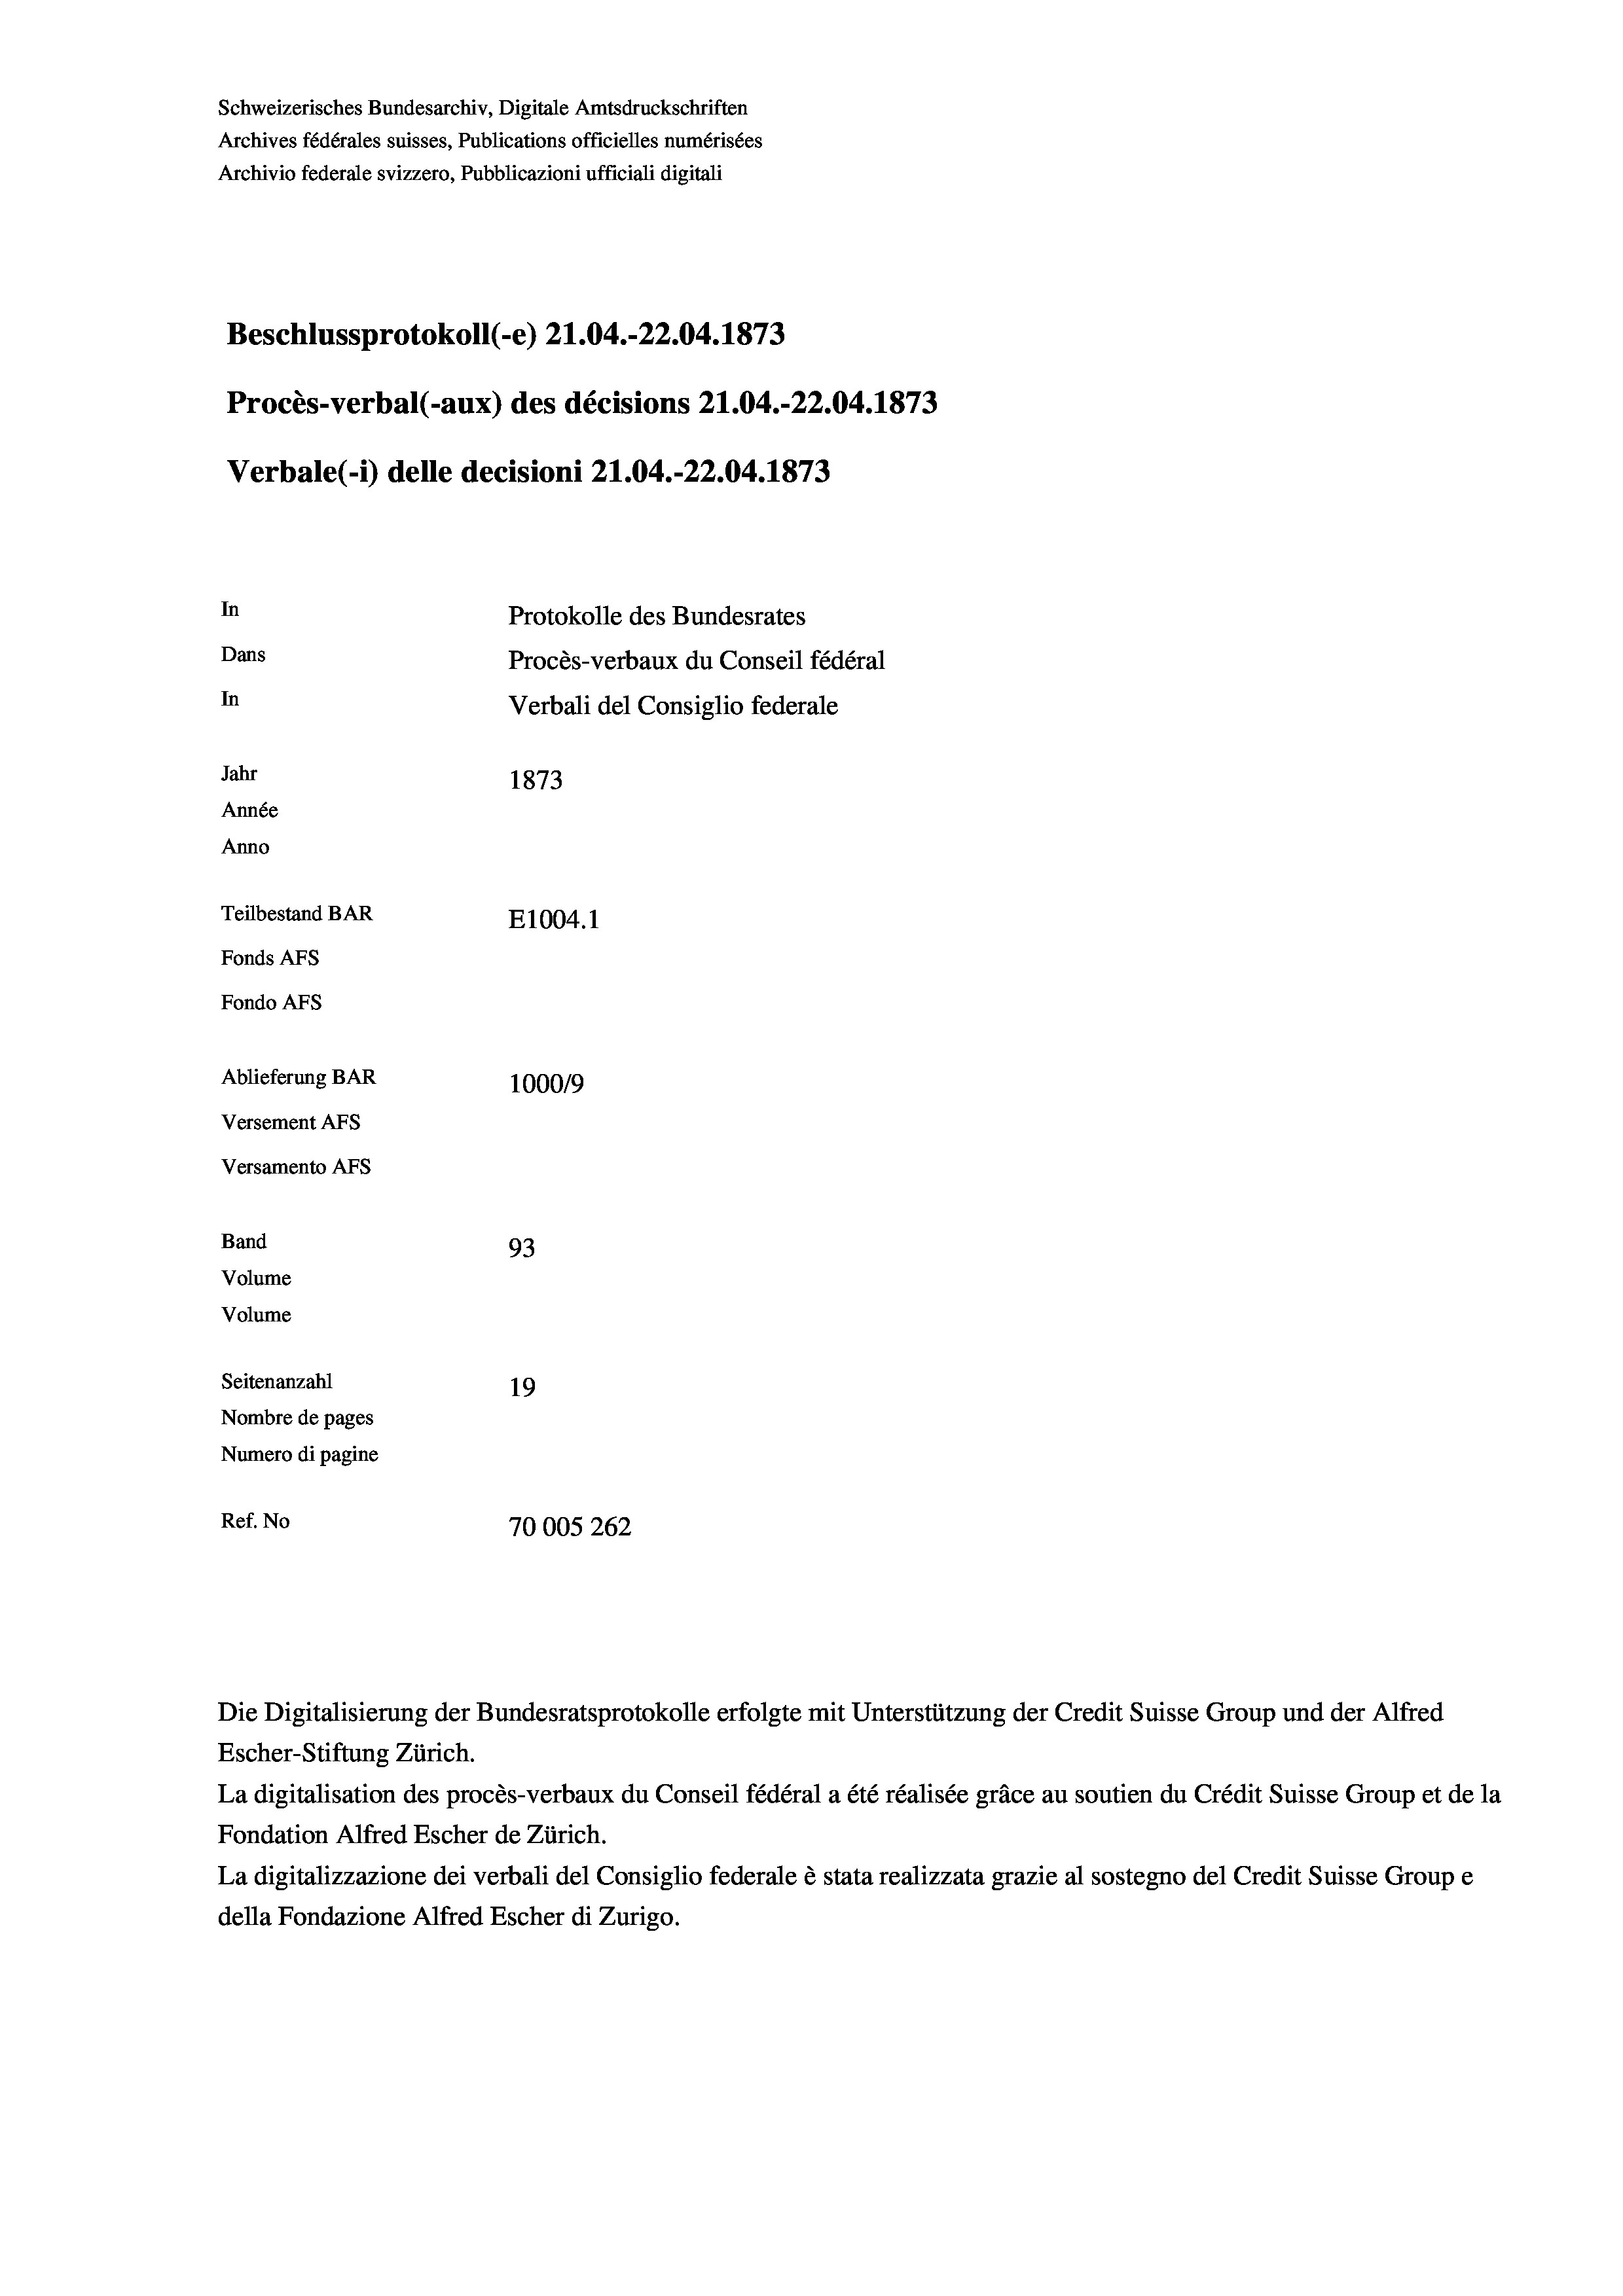
Schweizerisches Bundesarchiv, Digitale Amtsdruckschriften
Archives fédérales suisses, Publications officielles numérisées
Archivio federale svizzero, Pubblicazioni ufficiali digitali
Beschlussprotokoll (-e) 21.04.-22.04. 1873
Procès-verbal (-aux) des décisions Z1.04.-22.04. 1873
Verbale (- 1) delle decisioni 21.04.-22.04. 1873
In
Protokolle des Bundesrates
Dans
Procès-verbaux du Conseil fédéral
In
Verbali del Consiglio federale
Jahr
1873
Année
Anno
Teilbestand BAR
E1004. 1
Fonds AFs
Fondo Afs
Ablieferung BAR
100019
Versement Ans
Versamento Afs
Band
93
Volume
Volume
Seitenanzahl
19
Nombre de pages
Numero di pagine
Ref. No
70005 262

Escher-Stiftung Zürich.
La digitalisation des procès-verbaux du Conseil fédéral a été réalisée gräce au soutien du Crédit Suisse Group et de la
Fondation Alfred Escher de Zürich.
La digitalizzazione dei verbali del Consiglio federale è stata realizzata grazie al sostegno del Credit Suisse Groupe
della Fondazione Alfred Escher di Zurigo.

Die Digitalisierung der Bundesratsprotokolle erfolgte mit Unterstützung der Credit Suisse Group und der Alfred